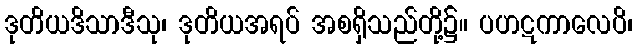
ဒုတိယဒိသာဒီသု၊ ဒုတိယအရပ် အစရှိသည်တို့၌။ ပဟဋကာလေပိ၊